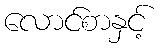
လောင်စာနှင့်